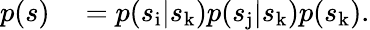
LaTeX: \begin{array}{rl}{p(s)}&{{}=p(s_{\mathrm{i}}|s_{\mathrm{k}})p(s_{\mathrm{j}}|s_{\mathrm{k}})p(s_{\mathrm{k}}).}\end{array}